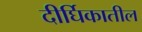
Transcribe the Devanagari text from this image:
दीर्घिकातील